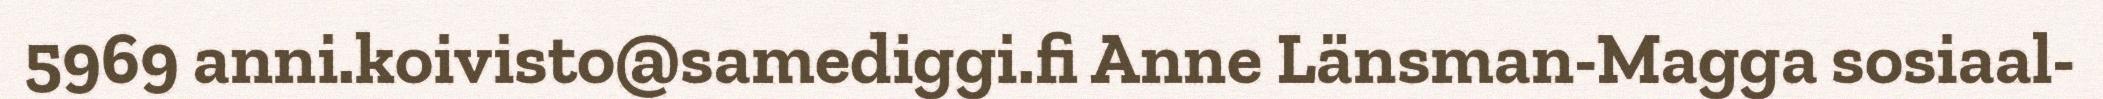
5969 anni.koivisto@samediggi.fi Anne Länsman-Magga sosiaal-